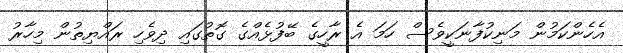
އެހެންކަމުން މަނިކުފާނަކީވެސް ހަމަ އެ ރާހީގެ ބޭފުޅެއްގެ ގޮތުގައި ދިވެހި ރައްޔިތުން މިހާރު